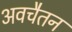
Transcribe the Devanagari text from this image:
अवचैतन